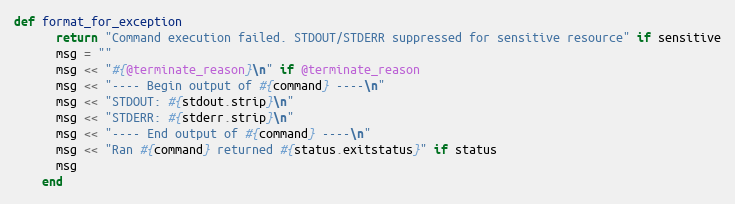
Language: Ruby
def format_for_exception
      return "Command execution failed. STDOUT/STDERR suppressed for sensitive resource" if sensitive
      msg = ""
      msg << "#{@terminate_reason}\n" if @terminate_reason
      msg << "---- Begin output of #{command} ----\n"
      msg << "STDOUT: #{stdout.strip}\n"
      msg << "STDERR: #{stderr.strip}\n"
      msg << "---- End output of #{command} ----\n"
      msg << "Ran #{command} returned #{status.exitstatus}" if status
      msg
    end